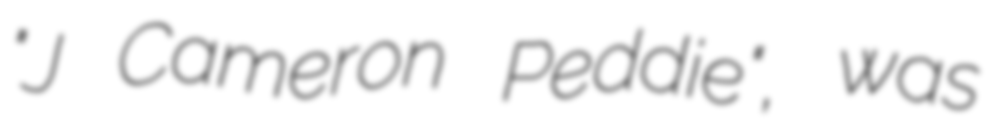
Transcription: "J Cameron Peddie", was